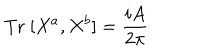
\mathrm { T r } \; [ X ^ { a } , X ^ { b } ] = \frac { i A } { 2 \pi }